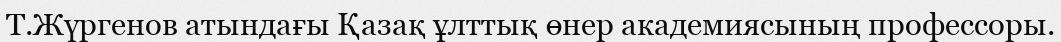
Т.Жүргенов атындағы Қазақ ұлттық өнер академиясының профессоры.